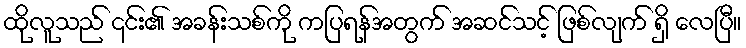
ထိုလူသည် ၎င်း၏ အခန်းသစ်ကို ကပြရန်အတွက် အဆင်သင့် ဖြစ်လျက် ရှိ လေပြီ။